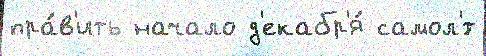
пра́в'ить начало д'екабр'я́ самол'́т